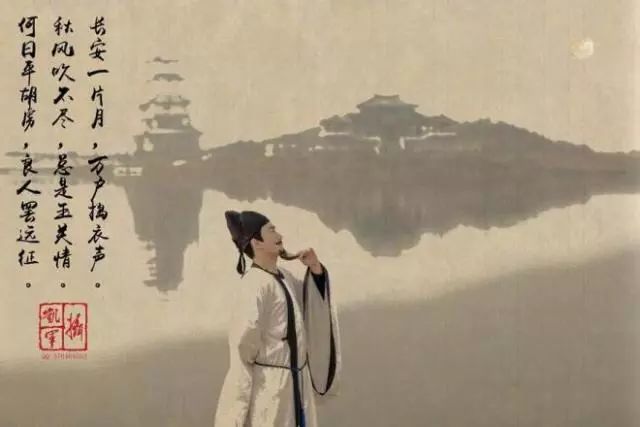
秋风吹不尽，总是玉关情。